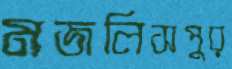
মজলিসপুর